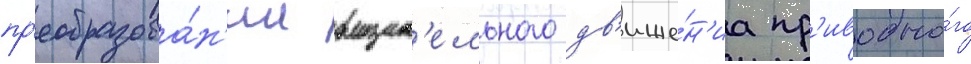
пр'еобразова́н'ии вращат'ельного дв'иже́н'иа пр'иводно́го